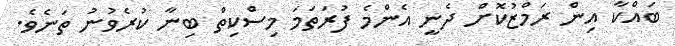
ބައްކާ އިން ރަމްޒުކޮށް ދެނީ އެންމެ ފުރަތަމަ މިސްކިތް ބިނާ ކުރެވުނު ތަނެވެ.